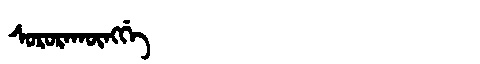
Manchu: ᠰᠣᡵᠣᡵᠠᡴᡡᠩᡤᡝ
Romanization: SORORAKŪNGGE